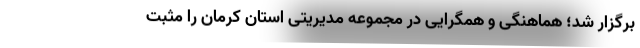
برگزار شد؛ هماهنگی و همگرایی در مجموعه مدیریتی استان کرمان را مثبت